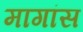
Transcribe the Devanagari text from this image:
मागांस